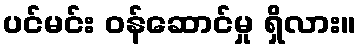
ပင်မင်း ဝန်ဆောင်မှု ရှိလား။